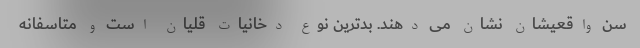
سن واقعیشان نشان می دهند. بدترین نوع دخانیات قلیان است و متاسفانه